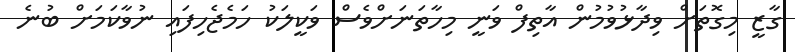
ގާޒީ މިގޮތަށް ވިދާޅުވުމުން އާތިފް ވަނީ މިހާތަނަށްވެސް ވަކީލަކު ހަމެޖެހިފައި ނުވާކަމަށް ބުނެ